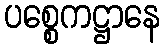
ပစ္စေကဋ္ဌာနေ